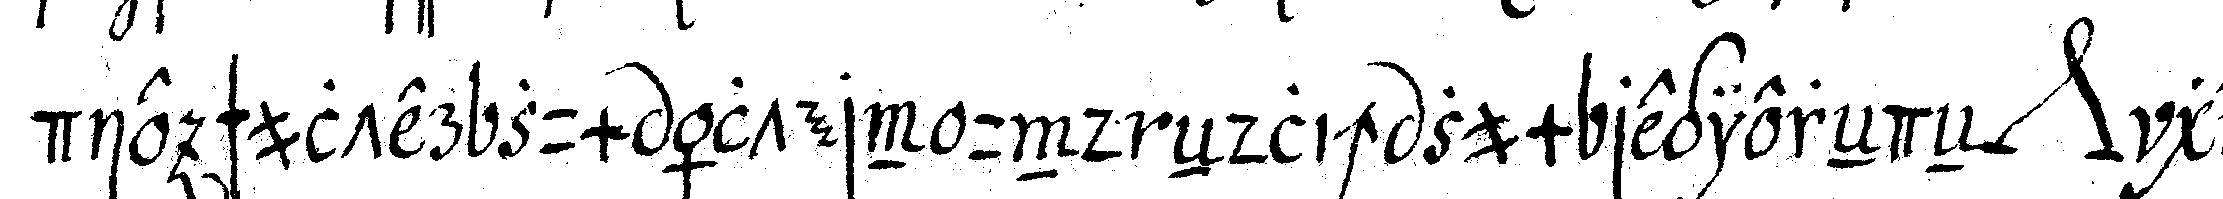
die schulter zum ältern dnd eNdlich zum regiereNdeN *nee* ge